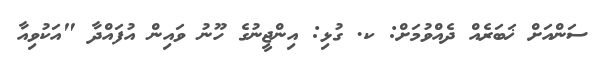
ސަންއަށް ޚަބަރެއް ދެއްވުމަށް: ކ. ގުޅި: އިންޖީނުގެ ހޫނު ވައިން އުފައްދާ "އަކުވިއާ